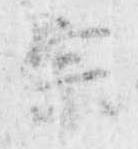
宗